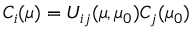
C _ { i } ( \mu ) = U _ { i j } ( \mu , \mu _ { 0 } ) C _ { j } ( \mu _ { 0 } )